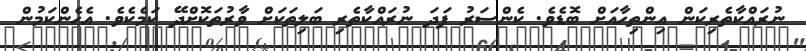
ނުރައްކާތެރިކަން އިންތިހާއަށް ބޮޑެވެ. ކެންސަރު ފަދަ ނުރައްކާތެރި ބަލިތަކަށް ވާރުތަކޮށްދޭ ކަމެކެވެ. އެހެންކަމުން